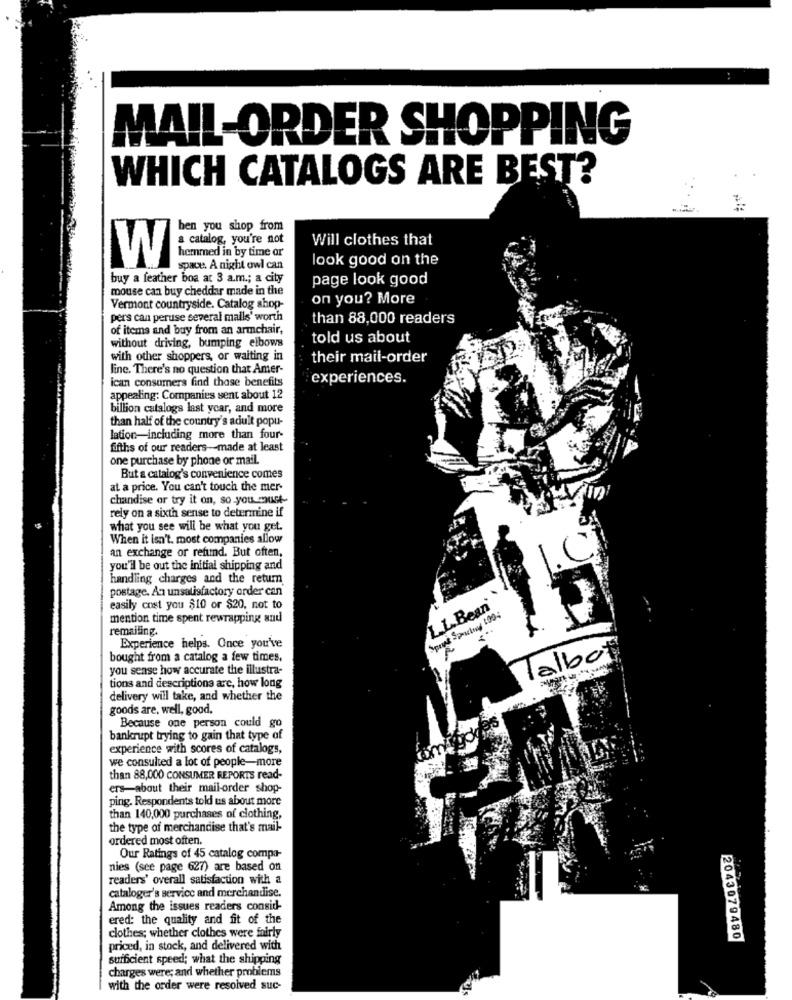
MAIL-ORDER SHOPPING
WHICH CATALOGS ARE BEST?
ben you shop from
a catalog, you're not
Will clothes that
hemmed in by time or
look good on the
W
space. A night owl can
buy a feather boa at 3 a.m .; a city
page look good
mouse can buy cheddar made in the
on you? More
Vermont countryside. Catalog shop-
pers can peruse several mails' worth
than 88,000 readers
of items and buy from an armchair,
told us about
without driving, bumping elbows
with other shoppers, or waiting in
their mail-order
line. There's no question that Amer-
ican consumers find those benefits
experiences.
appealing: Companies sent about 12
billion catalogs last year, and more
than half of the country's adult popu-
lation-including more than four-
ffths of our readers-made at least
one purchase by phone or mail.
But a catalog's convenience comes
at a price. You can't touch the mer-
chandise or try it on, so you must-
rely on a sixth sense to determine if
what you see will be what you get.
When it isn't. most companies allow
an exchange or refund. But often,
you'll be out the initial shipping and
handling charges and the return
postage. An unsatisfactory order can
L.L.Bean
easily cost you $10 or $20, not to
mention time spent rewrapping and
remailing.
Experience helps. Once you've
albot
bought from a catalog a few times,
you sense how accurate the illustra-
tions and descriptions are, how long
delivery will take, and whether the
goods are, well, good.
Because one person could go
bankrupt trying to gain that type of
experience with scores of catalogs,
we consulted a lot of people-more
than 88,000 CONSUMER REPORTS read-
ers-about their mail-order shop-
ping. Respondents told us about more
than 140,000 purchases of clothing,
the type of merchandise that's mail-
ordered most often.
Our Ratings of 45 catalog compa-
nies (see page 627) are based on
readers' overall satisfaction with a
cataloger's service and merchandise.
Among the issues readers consid-
ered: the quality and fit of the
clothes; whether clothes were fairly
2043079480
priced, in stock, and delivered with
sufficient speed; what the shipping
charges were; and whether problems
with the order were resolved suc-